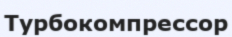
Турбокомпрессор